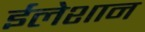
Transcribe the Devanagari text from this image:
ईलेशान